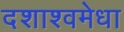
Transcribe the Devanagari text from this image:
दशाश्वमेधा